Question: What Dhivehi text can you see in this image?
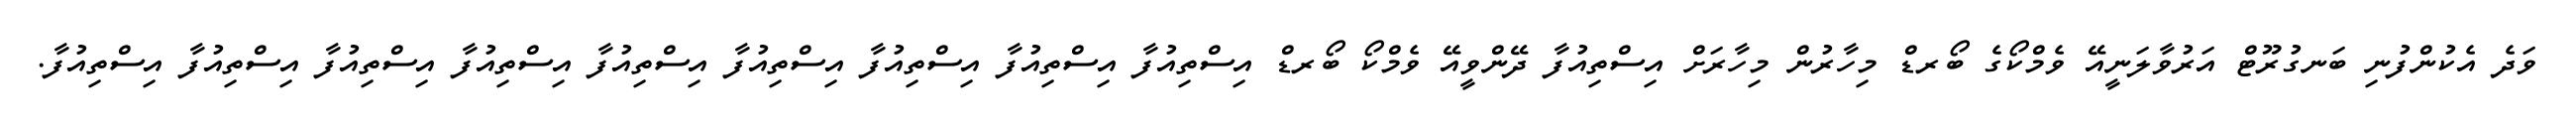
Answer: ވަދެ އެކުންފުނި ބަނގުރޫޓް އަރުވާލަނީއޭ ވެމްކޯގެ ބޯރޑް މިހާރުން މިހާރަށް އިސްތިއުފާ ދޭންވީއޭ ވެމްކޯ ބޯރޑް އިސްތިއުފާ އިސްތިއުފާ އިސްތިއުފާ އިސްތިއުފާ އިސްތިއުފާ އިސްތިއުފާ އިސްތިއުފާ އިސްތިއުފާ އިސްތިއުފާ.